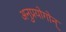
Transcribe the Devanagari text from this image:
अनुप्रयोगोन्